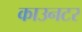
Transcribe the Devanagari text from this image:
काउनटर